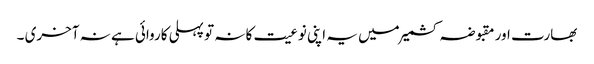
بھارت اور مقبوضہ کشمیر میں یہ اپنی نوعیت کا نہ تو پہلی کاروائی ہے نہ آخری ۔